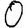
Digit: 0